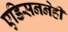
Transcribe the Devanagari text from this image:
एडिसननेही